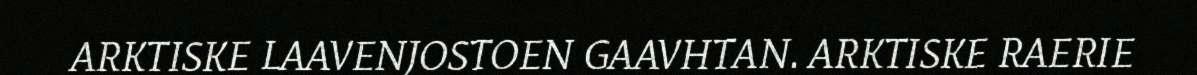
ARKTISKE LAAVENJOSTOEN GAAVHTAN. ARKTISKE RAERIE